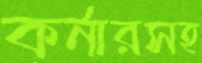
কর্নারসহ